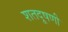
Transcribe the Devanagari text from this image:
शतदूषणी